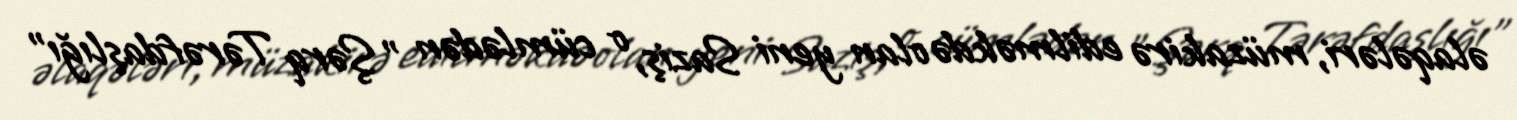
əlaqələri, müzakirə edilməkdə olan yeni Saziş, o cümlədən "Şərq Tərəfdaşlığı"